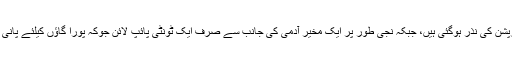
سرکاری سکیمیں کرپشن کی نذر ہوگئی ہیں، جبکہ نجی طور پر ایک مخیر آدمی کی جانب سے صرف ایک ٹونٹی پائپ لائن جوکہ پورا گاؤں کیلئے پانی فراہم کی جارہی ہے۔